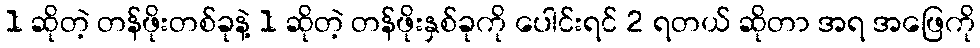
1 ဆိုတဲ့ တန်ဖိုးတစ်ခုနဲ့ 1 ဆိုတဲ့ တန်ဖိုးနှစ်ခုကို ပေါင်းရင် 2 ရတယ် ဆိုတာ အရ အဖြေကို